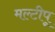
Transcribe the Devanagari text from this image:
मल्टीपू